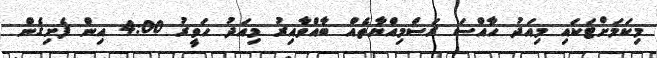
މިކަމަށްޓަކައި މިއަދު ހާއްސަ ރަސްމިއްޔާތެއް ބާއްވާއިރު މިއަދު ހަވީރު 4:00 އިން ފެށިގެން